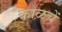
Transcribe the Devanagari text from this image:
काळचें